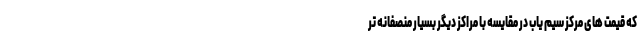
که قیمت های مرکز سیم یاب در مقایسه با مراکز دیگر بسیار منصفانه تر